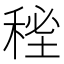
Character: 𥟚